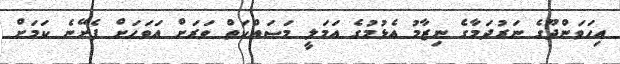
އިހަވަންދޫގެ ނަރުދަމާގެ ނިޒާމު އެޅުމުގެ އަމަލީ މަސައްކަތް ވަރަށް އަވަހަށް ފެށޭނެ ކަމަށް